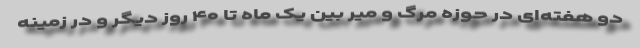
دو هفته‌ای در حوزه مرگ و میر بین یک ماه تا ۴۰ روز دیگر و در زمینه